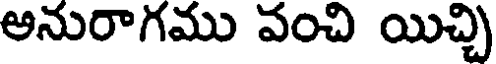
అనురాగము వంచి యిచ్చి